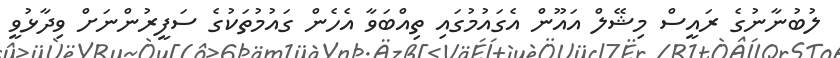
ލުބުނާނުގެ ރައީސް މިޝޭލް އައޫން އެގައުމުގައި ތިއްބަވާ އެހެން ގައުމުތަކުގެ ސަފީރުންނަށް ވިދާޅުވީ